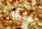
ملكهم